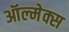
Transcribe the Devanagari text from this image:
ऑल्मेक्स